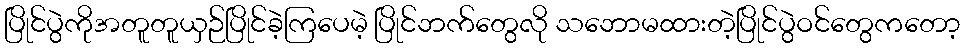
ပြိုင်ပွဲကိုအတူတူယှဉ်ပြိုင်ခဲ့ကြပေမဲ့ ပြိုင်ဘက်တွေလို သဘောမထားတဲ့ပြိုင်ပွဲဝင်တွေကတော့